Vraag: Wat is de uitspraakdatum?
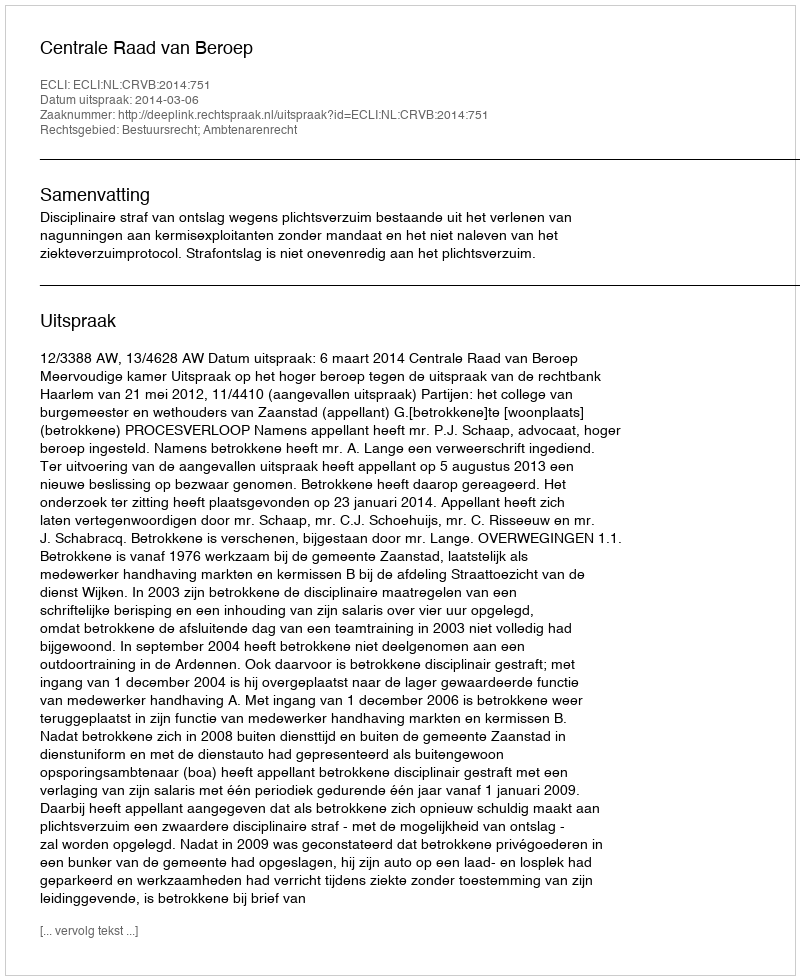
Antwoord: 2014-03-06